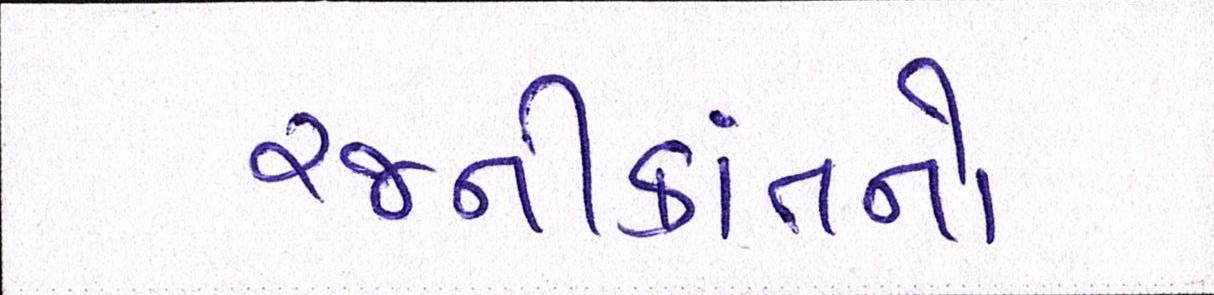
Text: રજનીકાંતનો